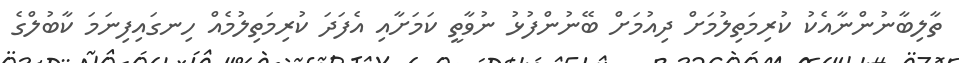
ތާލިބާނުންނާއެކު ކުރިމަތިލުމަށް ދިއުމަށް ބޭނުންފުޅު ނުވާތީ ކަމަށާއި އެފަދަ ކުރިމަތިލުމެއް ހިނގައިފިނަމަ ކާބުލްގެ